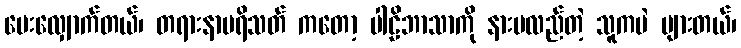
မေးလျှောက်တယ်၊ တရားနာပရိသတ် ကတော့ ပါဠိဘာသာကို နားမလည်တဲ့ သူကပဲ များတယ်၊